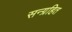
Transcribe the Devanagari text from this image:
सन्ग्रहित